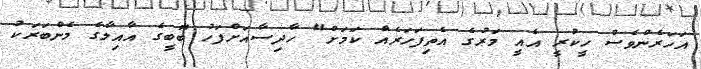
އަހަރެންވެސް ހީކުރީ އެއީ މަރުގެ އެތިފަހަރެއް ކަމަށް" ހާދިސާއަށްފަހު ބޮބީގެ އާއިލާގެ މެންބަރަކު